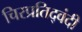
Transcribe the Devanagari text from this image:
चिरप्रतिद्वंदी